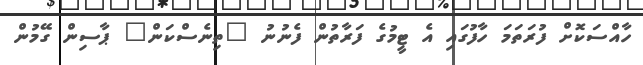
ހާއްސަކޮށް ފުރަތަމަ ހާފުގައި އެ ޓީމުގެ ފަރާތުން ފެނުނު "ތިނެސްކަން" ޕާސިން ގޭމުން